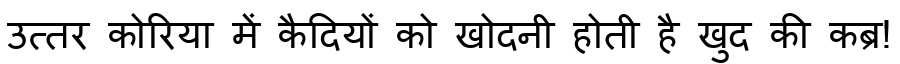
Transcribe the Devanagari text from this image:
उत्तर कोरिया में कैदियों को खोदनी होती है खुद की कब्र!